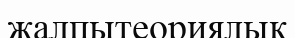
жалпытеориялық